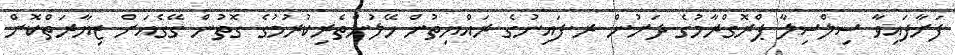
ފަށާފައިވާ ސިލްސިލާ ޕްރޮގްރާމުގެ ދަށުން ރ.ފައިނުގެ ރައްޔިތުން ހޭލުންތެރިކުރުމުގެ ގޮތުން ގޭގެއަށް ޒިޔާރަތްކޮށް